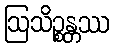
ဩသိဉ္စန္တဿ